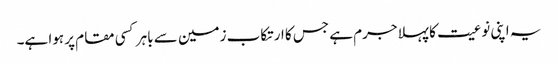
یہ اپنی نوعیت کا پہلا جرم ہے جس کا ارتکاب زمین سے باہر کسی مقام پر ہوا ہے۔